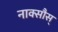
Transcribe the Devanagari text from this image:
नाक्सौस्